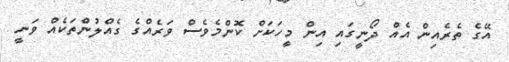
އޭގެ ތެރެއިން އެއް ދޯނީގައި އިން މީހަކަށް ކޮންމެވެސް ވަރެއްގެ ގެއްލުންތަކެއް ވަނީ